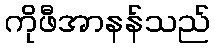
ကိုဖီအာနန်သည်